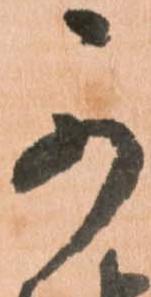
可